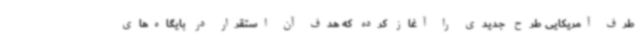
طرف‌ آمریکایی طرح جدیدی را آغاز کرده که هدف آن استقرار در پایگاه‌های